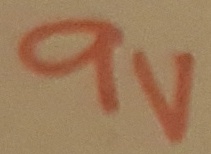
Text: 9V